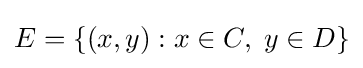
E=\{(x,y):x\in C,\;y\in D\}